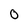
Character: 0